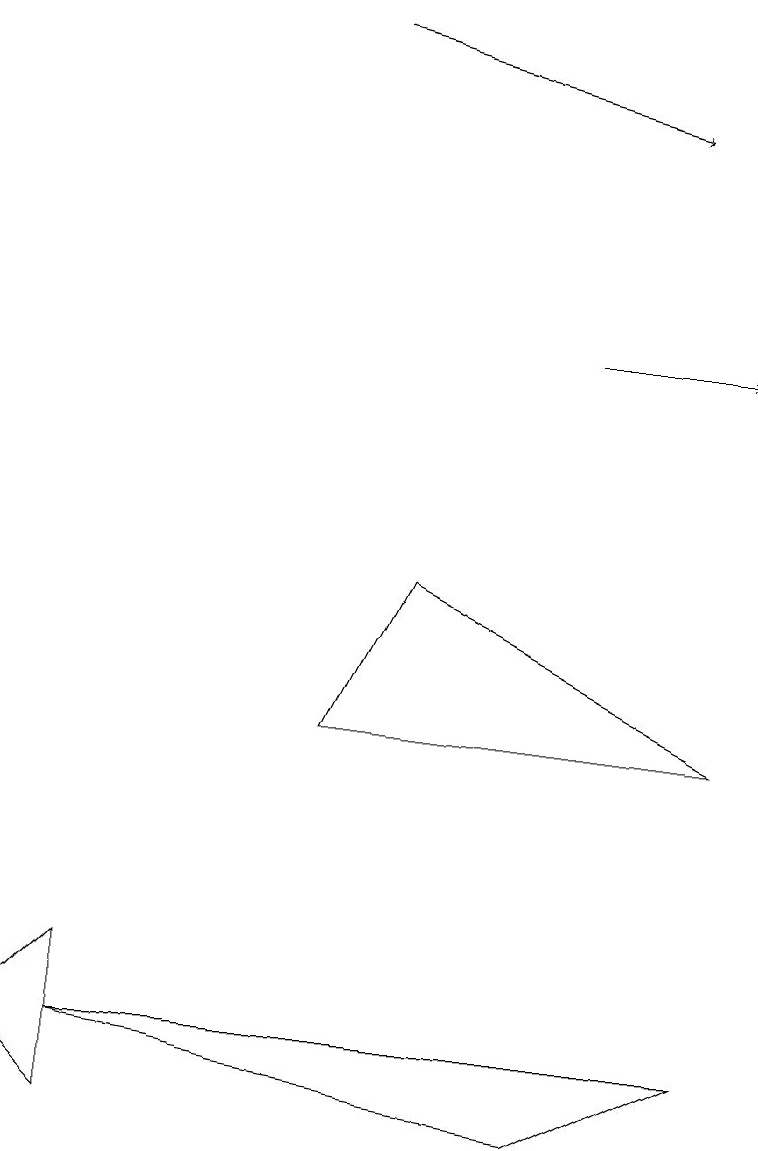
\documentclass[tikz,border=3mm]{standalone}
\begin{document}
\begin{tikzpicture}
\draw[->] (7,10) -- (9,10);
\draw[->] (4,14) -- (8,13);
\draw (1,1) -- (7,0) -- (9,1) -- cycle;
\draw (1,2) -- (0,1) -- (1,0) -- cycle;
\draw (4,5) -- (5,7) -- (9,5) -- cycle;
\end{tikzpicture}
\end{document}